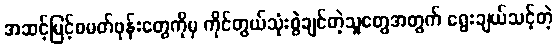
အဆင့်မြင့်စမတ်ဖုန်းတွေကိုမှ ကိုင်တွယ်သုံးစွဲချင်တဲ့သူတွေအတွက် ရွေးချယ်သင့်တဲ့